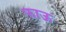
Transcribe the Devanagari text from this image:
फाऊ